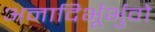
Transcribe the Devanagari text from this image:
अनादिर्भूर्भुवो